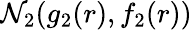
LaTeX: \mathcal{N}_{2}(g_{2}(r),f_{2}(r))